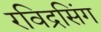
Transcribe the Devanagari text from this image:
रविद्रसिंग